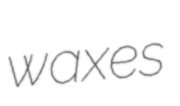
waxes